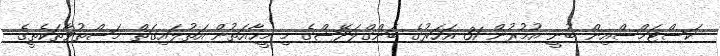
ކަސްޓަމްސްއިން ބުނީ އުމުރުން 31 އަހަރުގެ ބަންގްލަދޭޝްގެ މި މީހާއަތުން އަތުލައިގަތް މަސްތުވާތަކެތީގެ